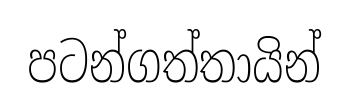
පටන්ගත්තායින්